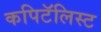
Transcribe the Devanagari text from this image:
कपिटॅलिस्ट